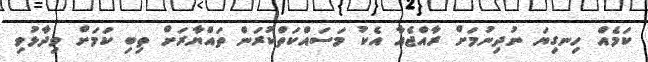
ކަމެއް ހިނގިޔަ ނުދިނުމަށް ރާއްޖެއާ އެކު މަސައްކަތްކުރަން ތައްޔާރަށް ތިބި ކަމަށް ވިދާޅުވި